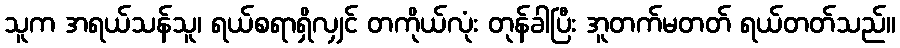
သူက အရယ်သန်သူ၊ ရယ်စရာရှိလျှင် တကိုယ်လုံး တုန်ခါပြီး အူတက်မတတ် ရယ်တတ်သည်။